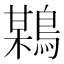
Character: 𪃏